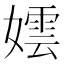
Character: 𡢅